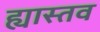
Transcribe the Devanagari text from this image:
ह्यास्तव